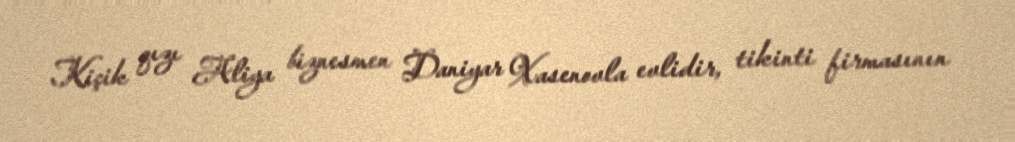
Kiçik qızı Aliya biznesmen Daniyar Xasenovla evlidir, tikinti firmasının